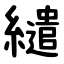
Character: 繾